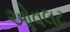
ઓવલટ